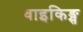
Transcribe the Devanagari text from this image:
वाइकिङ्स